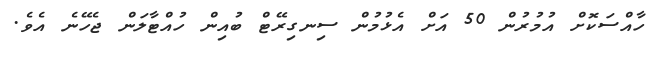
ހާއްސަކޮށް އުމުރުން 50 އަށް އެޅުމުން ސިނގިރޭޓް ބުއިން ހުއްޓާލަން ޖެހޭނެ އެވެ.